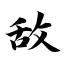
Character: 敌